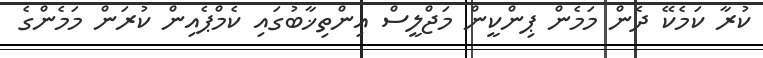
ކުރާ ކަމެކޭ ދެން މަމެން ޕިންކީން މަޖްލީސް އިންތިޚާބުގައި ކެމްޕެއިން ކުރަން މަމެންގެ